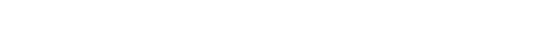
ပုဂ္ဂိုလ်ကို။ ပဿာမိ၊ မြင်တော်မူ၏။ ဘိက္ခဝေ၊ ရဟန်းတို့။ ဣဓ၊ ဤလောက၌။ အဟံ၊